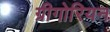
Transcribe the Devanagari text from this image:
ग्रीगोरियन